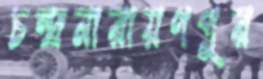
চন্দ্রনারায়ণপুর